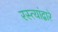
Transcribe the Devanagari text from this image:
रस्त्यांद्वारे